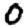
Digit: 0